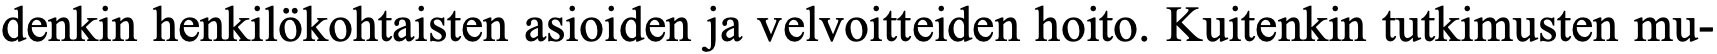
denkin henkilökohtaisten asioiden ja velvoitteiden hoito. Kuitenkin tutkimusten mu-